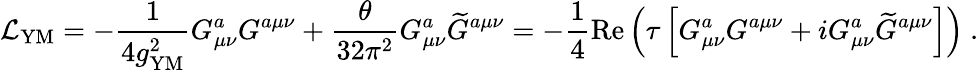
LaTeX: {\cal\mathcal{L}}_{\mathrm{{YM}}}=-{\frac{{1}}{{4g_{\mathrm{{YM}}}^{2}}}}G_{\mu\nu}^{a}G^{a\mu\nu}+{\frac{{\theta}}{{32\pi^{2}}}}G_{\mu\nu}^{a}{\widetilde{G}}^{a\mu\nu}=-{\frac{{1}}{{4}}}\mathrm{{Re}}\left(\tau\left[G_{\mu\nu}^{a}G^{a\mu\nu}+iG_{\mu\nu}^{a}{\widetilde{G}}^{a\mu\nu}\right]\right)~.